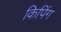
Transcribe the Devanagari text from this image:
किपिंग